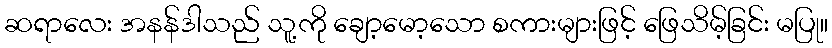
ဆရာလေး အနန်ဒါသည် သူ့ကို ချော့မော့သော စကားများဖြင့် ဖြေသိမ့်ခြင်း မပြု။